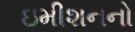
ઇમીશનનો